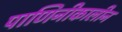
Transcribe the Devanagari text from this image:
पाणिनीकालीन